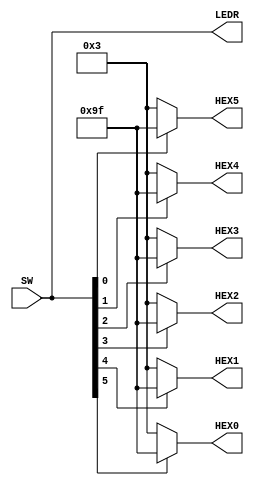
/* Display each switch position on both an LED and a 7-segment digit.
   
   If a switch is up, then the corresponding LED will be lit and 
   the corresponding 7-segment digit will show a 1.
*/

module TopLevel (
    input [0:5] SW,
    output [0:5] LEDR,
    output [0:7] HEX0, HEX1, HEX2, HEX3, HEX4, HEX5
);

function [0:7] digit(input state);
    
    begin
        
        if (state == 1) begin
            digit = 8'b10011111;
        end

        if (state == 0) begin
            digit = 8'b00000011;
        end

    end
    
endfunction

assign LEDR = SW;

assign HEX0 = digit(SW[0]);
assign HEX1 = digit(SW[1]);
assign HEX2 = digit(SW[2]);
assign HEX3 = digit(SW[3]);
assign HEX4 = digit(SW[4]);
assign HEX5 = digit(SW[5]);
    
endmodule